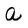
Character: a